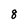
Character: 8